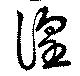
諻